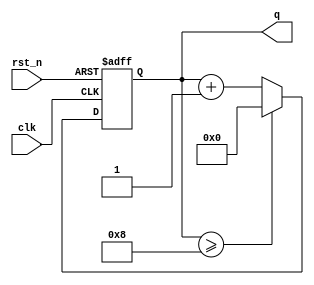
`timescale 1ns / 1ps
//////////////////////////////////////////////////////////////////////////////////
// Company: 
// Engineer: 
// 
// Design Name: 
// Module Name: lab4_3_bcd
// Project Name: 
// Target Devices: 
// Tool Versions: 
// Description: 
// 
// Dependencies: 
// 
// Revision:
// Revision 0.01 - File Created
// Additional Comments:
// 
//////////////////////////////////////////////////////////////////////////////////


module lab4_3_bcd(q, clk, rst_n);

output [3:0] q;
input clk;
input rst_n;

reg [3:0] q;

always@(posedge clk or negedge rst_n)
    if(~rst_n) q<= 4'd0;
    else if (q >= 4'd8) q <= 4'd0;
    else q <= q+1;

endmodule